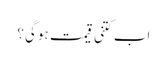
اب کتنی قیمت ہوگی؟